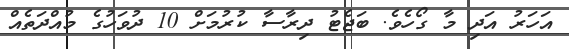
އަހަރު އަދި މާ ގޯހެވެ. ބަޖެޓު ދިރާސާ ކުރުމަށް 10 ދުވަހުގެ މުއްދަތެއް